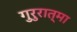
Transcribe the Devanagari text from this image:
गुरुरात्मा